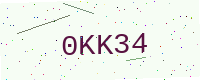
Text: 0KK34